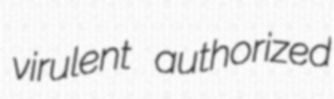
virulent authorized